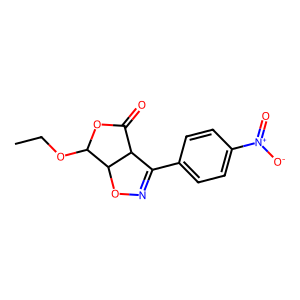
SMILES: CCOC1OC(=O)C2C(c3ccc([N+](=O)[O-])cc3)=NOC12
Inhibits HIV replication: No